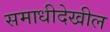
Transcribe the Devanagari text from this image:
समाधीदेखील